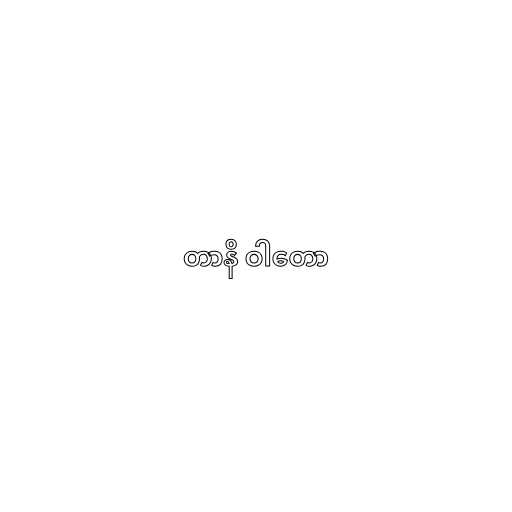
တာနိ ဝါတော